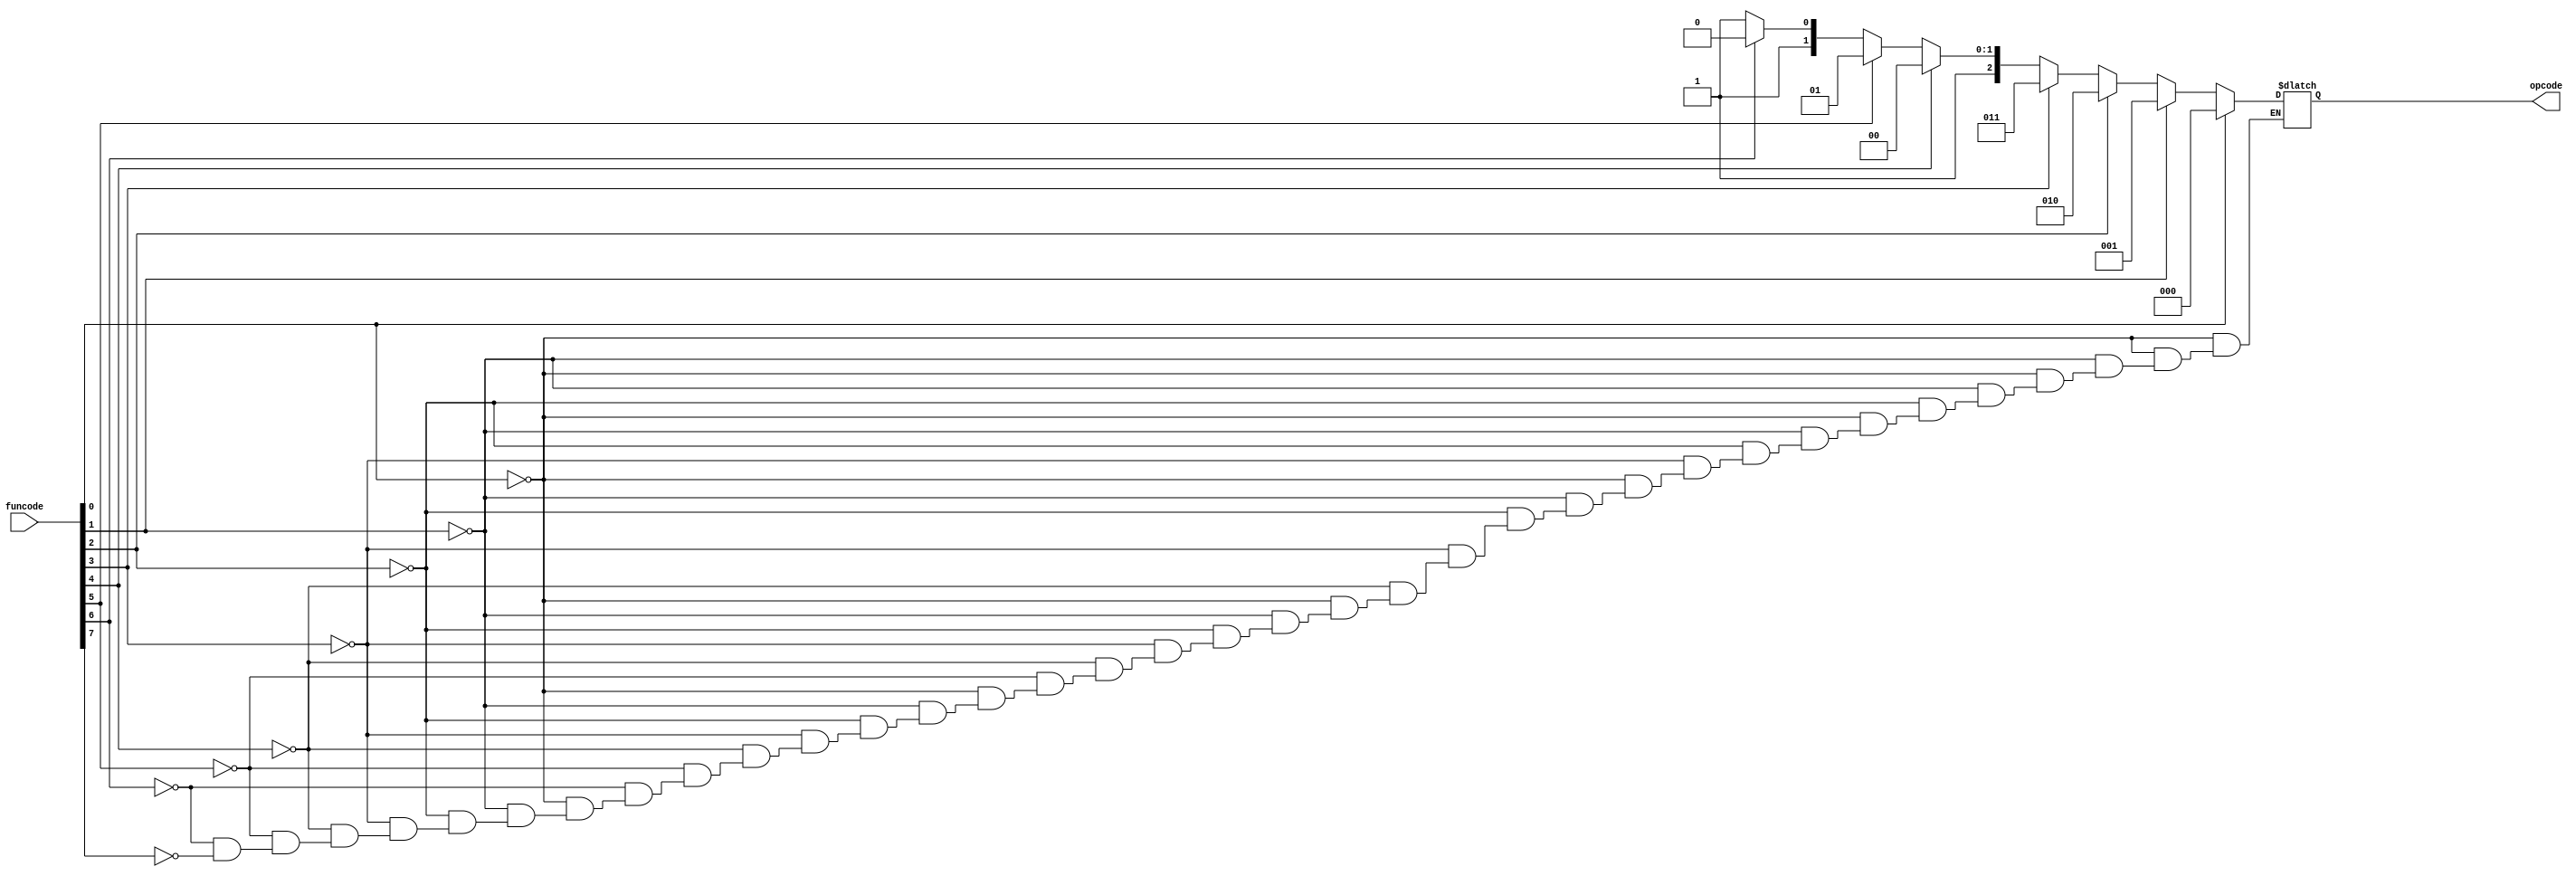
module Encoder( opcode, funcode);
	input[7:0] funcode;
	output[2:0] opcode;
	reg[2:0] opcode;
	
	always @(funcode) begin
		if (funcode[0])
			opcode = 3'b000;
		else if (funcode[1])
			opcode = 3'b001;
		else if (funcode[2])
			opcode = 3'b010;
		else if (funcode[3])
			opcode = 3'b011;
		else if (funcode[4])
			opcode = 3'b100;
		else if (funcode[5])
			opcode = 3'b101;
		else if (funcode[6])
			opcode = 3'b110;
		else if (funcode[7])
			opcode = 3'b111;
	end
	
endmodule

module ALU(C, X, A, B, opcode);
	input[3:0] A, B;
	input[2:0] opcode;
	output[3:0] X;
	output C;
	
	assign {C, X} = (opcode == 3'b000) ? A + B :
					(opcode == 3'b001) ? A - B :
					(opcode == 3'b010) ? A ^ B :
					(opcode == 3'b011) ? A | B :
					(opcode == 3'b100) ? A & B :
					(opcode == 3'b101) ? ~(A | B) :
					(opcode == 3'b110) ? ~(A & B) : ~(A ^ B);
					
endmodule

module parityGenerator(P, X);
	input[3:0] X;
	output P;
	
	assign P = ~( X[0] ^ X[1] ^ X[2] ^ X[3]);
	
endmodule

module pipeline1(ctrl, Aout, Bout, clock, opcode, A, B);
	input clock;
	input[3:0] A, B;
	input[2:0] opcode;
	output[2:0] ctrl;
	output[3:0] Aout, Bout;
	reg[2:0] ctrl;
	reg[3:0] Aout, Bout;
	
	always @(posedge clock) begin
		Aout <= A;
		Bout <= B;
		ctrl <= opcode;
	end
	
endmodule

module pipeline2(Xout, Xin, clock);
	input clock;
	input[3:0] Xin;
	output[3:0] Xout;
	reg[3:0] Xout;
	
	always @(posedge clock)
		Xout <= Xin;
		
endmodule

module integrate(P, A, B, funcode, clock);
	input[3:0] A, B;
	input[7:0] funcode;
	input clock;
	output P;
	
	wire[2:0] opcode, ctrl;
	wire[3:0] Aout, Bout, Xout, Xin;
	wire C;
	
	Encoder m1(opcode, funcode);
	pipeline1 m2(ctrl, Aout, Bout, clock, opcode, A, B);
	ALU m3(C, Xin, Aout, Bout, ctrl);
	pipeline2 m4(Xout, Xin, clock);
	parityGenerator m5(P, Xout);
	
endmodule

module testbench;
	reg[3:0] A, B;
	reg[7:0] funcode;
	reg clock;
	wire P;
	
	integrate m(P, A, B, funcode, clock);
	
	initial begin
		$monitor($time, " A=%b, B=%b, funcode=%b, opcode=%b, X=%b, P=%b", A, B, funcode, m.opcode, m.Xout, P);
		#2 clock = 1'b0;
		#10 A = 4'b0110; B = 4'b1101; funcode = 8'b00000001;
		#8 funcode = 8'b00000010;
		#8 funcode = 8'b00000100;
		#8 funcode = 8'b00001000;
		#8 funcode = 8'b00010000;
		#8 funcode = 8'b00100000;
		#8 funcode = 8'b01000000;
		#8 funcode = 8'b10000000;
		#10 $finish;
	end
	
	always
		#2 clock = ~clock;
	
endmodule